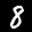
Label: 8